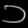
Digit: ၁